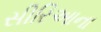
સીરિઆના